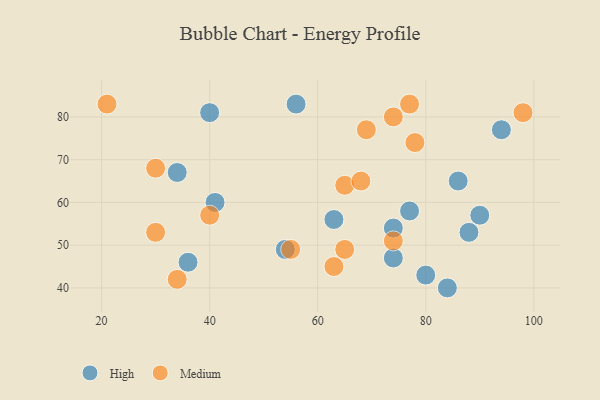
{"axis": {"x": "GDP", "y": "Life Expectancy"}, "legend": ["High", "Medium"], "data": [{"x": "77", "y": 58, "type": "High"}, {"x": "90", "y": 57, "type": "High"}, {"x": "86", "y": 65, "type": "High"}, {"x": "94", "y": 77, "type": "High"}, {"x": "56", "y": 83, "type": "High"}, {"x": "34", "y": 67, "type": "High"}, {"x": "63", "y": 56, "type": "High"}, {"x": "74", "y": 54, "type": "High"}, {"x": "74", "y": 47, "type": "High"}, {"x": "54", "y": 49, "type": "High"}, {"x": "41", "y": 60, "type": "High"}, {"x": "36", "y": 46, "type": "High"}, {"x": "40", "y": 81, "type": "High"}, {"x": "80", "y": 43, "type": "High"}, {"x": "88", "y": 53, "type": "High"}, {"x": "84", "y": 40, "type": "High"}, {"x": "74", "y": 51, "type": "Medium"}, {"x": "77", "y": 83, "type": "Medium"}, {"x": "65", "y": 64, "type": "Medium"}, {"x": "34", "y": 42, "type": "Medium"}, {"x": "65", "y": 49, "type": "Medium"}, {"x": "30", "y": 68, "type": "Medium"}, {"x": "98", "y": 81, "type": "Medium"}, {"x": "55", "y": 49, "type": "Medium"}, {"x": "40", "y": 57, "type": "Medium"}, {"x": "74", "y": 80, "type": "Medium"}, {"x": "21", "y": 83, "type": "Medium"}, {"x": "63", "y": 45, "type": "Medium"}, {"x": "30", "y": 53, "type": "Medium"}, {"x": "78", "y": 74, "type": "Medium"}, {"x": "68", "y": 65, "type": "Medium"}, {"x": "69", "y": 77, "type": "Medium"}]}